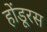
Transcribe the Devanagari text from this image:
होंडूरस